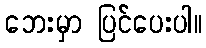
ဘေးမှာ ပြင်ပေးပါ။